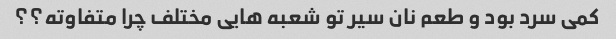
کمی سرد بود و طعم نان سیر تو شعبه هایی مختلف چرا متفاوته؟؟